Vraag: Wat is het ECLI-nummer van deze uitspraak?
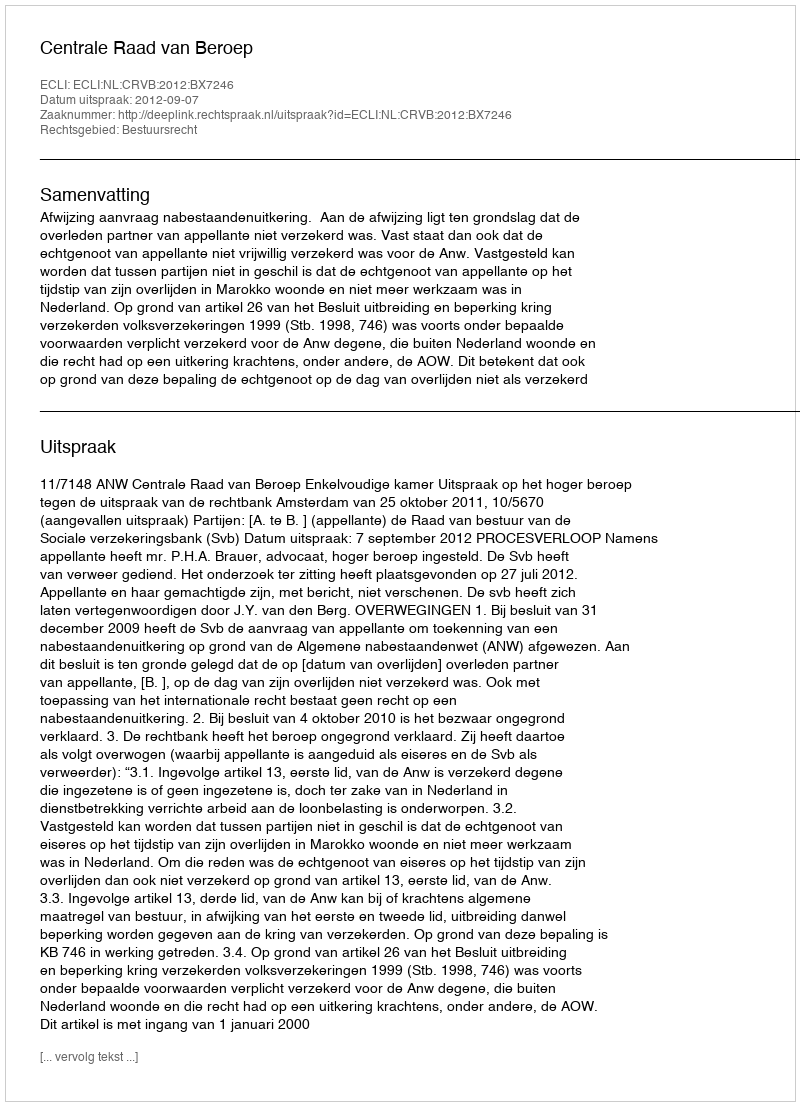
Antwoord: ECLI:NL:CRVB:2012:BX7246